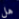
هل